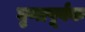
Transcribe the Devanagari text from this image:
घृणापूर्वक